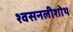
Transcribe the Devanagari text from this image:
श्वसनलीशोथ